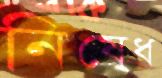
নিষেধ